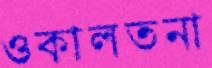
ওকালতনা